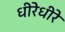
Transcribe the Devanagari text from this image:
धीरेधीरे